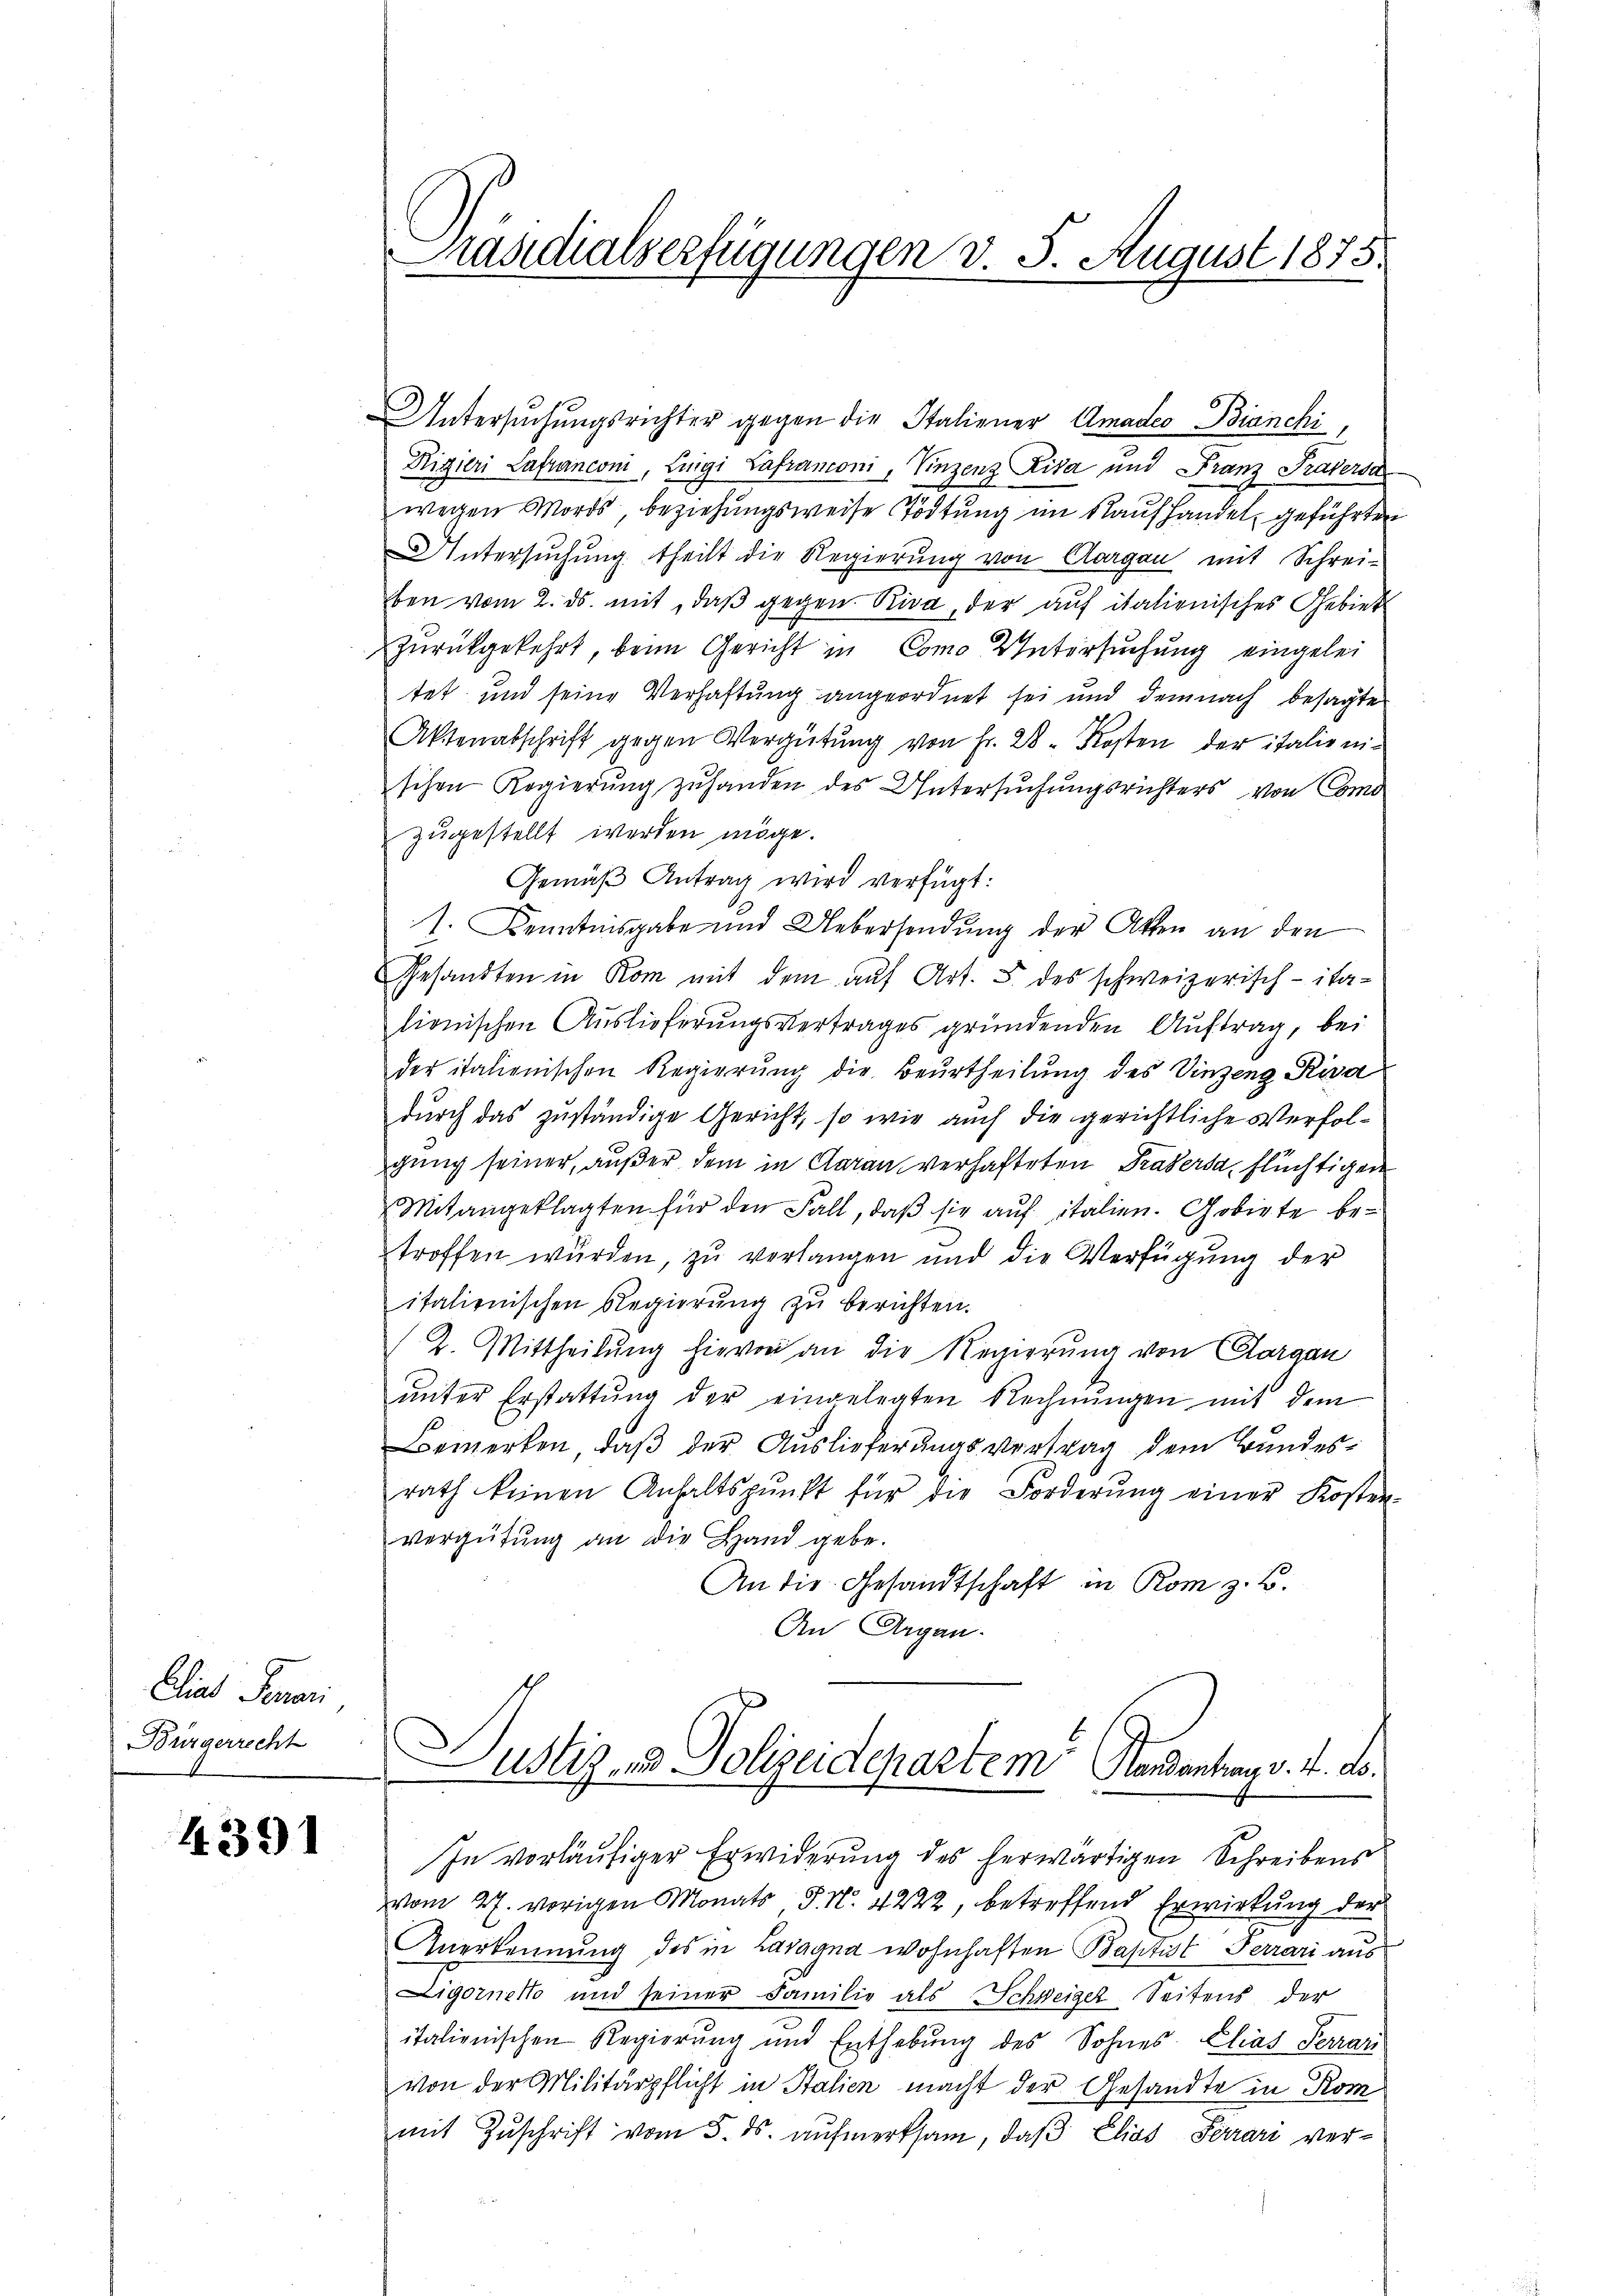
Diad Feuer
Bürgerrecht

4391

Präsidialverfügungen v. 5. August 1875.

Untersŭchŭngsrichter gegen die Italiener Amadeo Bianchi,
Digieri Lafranconi, Luigi Lafranconi, Vinzenz Vita und Franz Praversa
wegen Mords beziehungsweise Tödtung im Raufhandel geführten
Untersŭchŭng theilt die Regierung von Aargau mit Schrei-
ben vom 2. ds. mit, daβ gegen Riva, der auf italienisches Gebiet
zurückgekehrt, beim Gericht in Como Untersuchung eingelei
tet und seine Verhaftung angeordnet sei und demnach besagte
Aktenabschrift gegen Vergütŭng von Fr. 28. Kosten der italienischen Regierung zuhanden des Untersuchungsrichters von Como
zugestellt werden möge.
Gemäß Antrag wird verfügt:
1. Kenntnisgabe und Uebersendung der Akten an den
Gesandten in Rom mit dem auf Art. 5. des schweizerisch-italionischen Auslieferungsvertrages gründenden Auftrag, bei
der italienischen Regierung die Beurtheilung des Vinzeng Riva
durch das zuständige Gericht, so wie auch die gerichtliche Verfolgung seiner, außer dem in daran verhafteten Prasersa, flüchtigen
Mitangeklagten für den Fall, daβ sie auf italien. Gobirte betroffen wurden, zu verlangen und die Verfügung der
italienischen Regierŭng zŭ berichten.
2. Mittheilung hievon an die Regierung von Corgan
ŭnter Erstattŭng der eingelegten Rechnŭngen mit dem
Bemerken, daß der Auslieferungsvertrag dem Bundesrath keinen Anhaltspunkt für die Forderŭng einer Kosten-
vergütŭng an die Hand gebe.
An die Gesandtschaft in Rom z. B.
An Argau.
Justiz- & Polizeidepartem Randantrag v. 4. No¬
In vorläufiger Erwiderung des herwärtigen Schreibens
vom 27. vorigen Monats, P. N. 4222, betreffend Erwirkung der
Anerkennung des in Lavagna wohnhaften Baptist Ferrari aus
Ligorneko und seiner Familie als Schweiger Seitens der
italienischen Regierung und Enthebŭng des Sohnes Elias Terrari
von der Militärpflicht in Stalien macht der Gesandte in Kom
mit Zŭschrift vom 5. ds. aŭfmerksam, daß Elias Ferrari ver¬